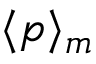
\langle p \rangle _ { m }